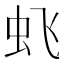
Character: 𱿙